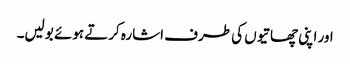
اور اپنی چھاتیوں کی طرف اشارہ کرتے ہوئے بولیں۔